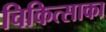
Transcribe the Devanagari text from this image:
चिकित्साका